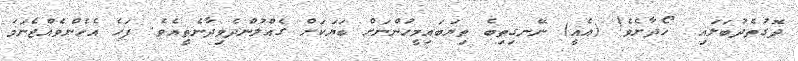
ދޮގުތެދުބަލައި  ހޯދާށެވެ! (އެއީ) ނޭނގިތިބެ ތިޔަބައިމީހުންނަށް ބަޔަކަށް ގެއްލުންދެވިދާނެތީއެވެ. ފަހެ އެހެންވެއްޖެނަމަ